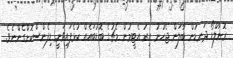
ރޮނާލްޑޯ ދަނޑުން ބާލަން ޖެހުނު އިރު އެޓީމުން މެޗުގެ ބޮޑުބައެއް ކުޅެފައިވަނީ ޑިފެންސްކޮށްގެންނެވެ.